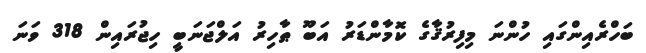
ބަހްރެއިންގައި ހުންނަ މިފިރުޤާގެ ކޮމާންޑަރު އަބޫ ޠާހިރު އަލްޖަނަބީ ހިޖުރައިން 318 ވަނަ